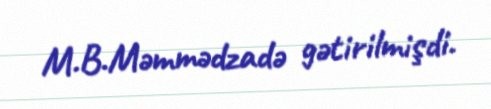
M.B.Məmmədzadə gətirilmişdi.